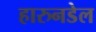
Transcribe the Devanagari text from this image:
हारुनडेल